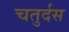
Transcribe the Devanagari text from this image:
चतुर्दस